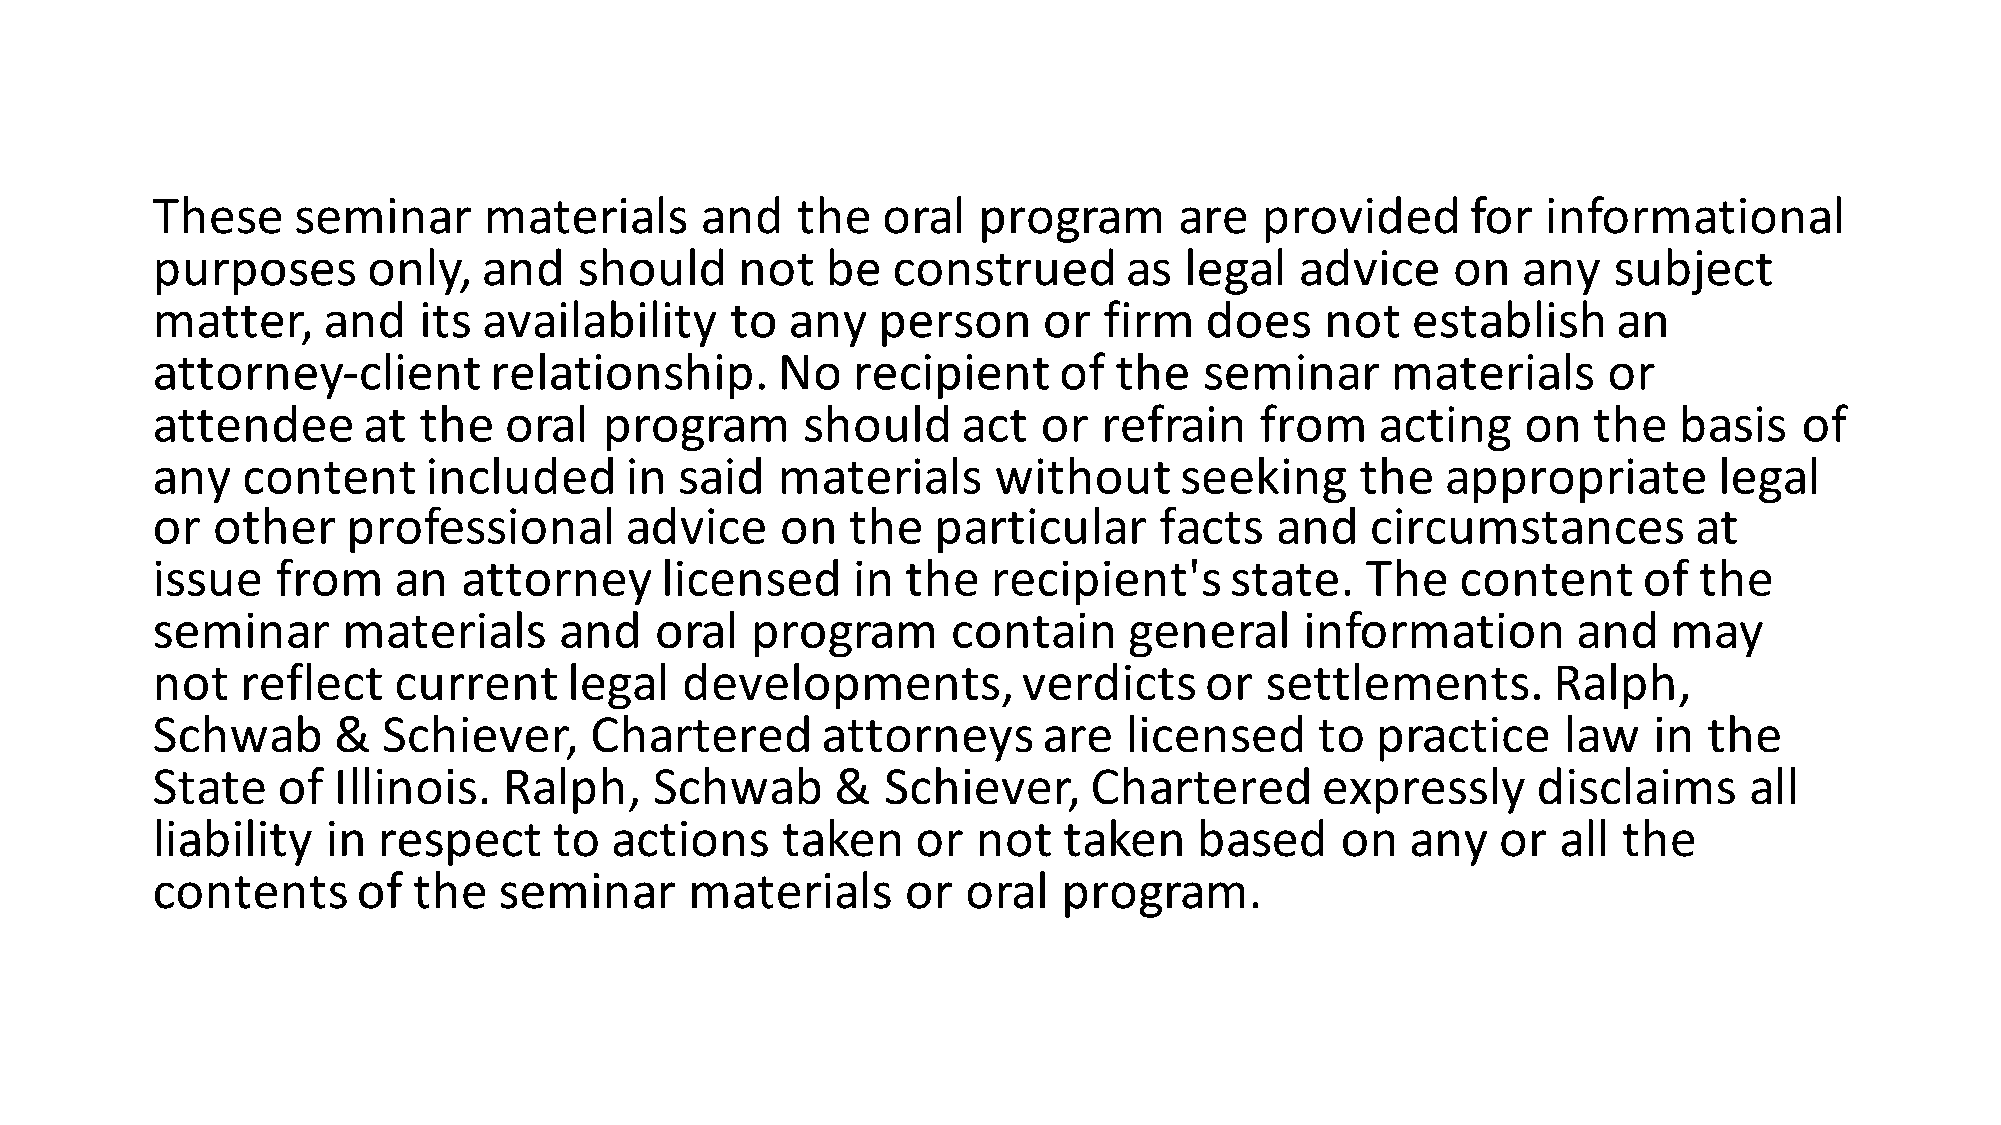
These    seminar      materials     and    the  oral   program      are  provided      for  informational
 purposes      only,   and   should     not   be  construed       as legal   advice    on   any   subject
 matter,    and    its availability    to  any   person     or  firm   does    not  establish     an
 attorney-client       relationship.      No   recipient     of  the   seminar     materials     or
 attendee      at  the  oral   program      should     act  or  refrain   from    acting    on  the   basis   of
 any   content     included     in  said  materials      without     seeking     the   appropriate       legal
 or  other    professional      advice     on  the   particular     facts  and    circumstances        at
 issue   from    an   attorney     licensed    in  the   recipient's    state.   The    content     of the
 seminar      materials     and   oral   program      contain     general    information       and    may
 not   reflect   current     legal  developments,          verdicts    or  settlements.       Ralph,
 Schwab      &  Schiever,     Chartered      attorneys      are   licensed    to  practice    law   in  the
 State   of  Illinois.  Ralph,    Schwab      &   Schiever,    Chartered      expressly      disclaims     all
 liability   in respect     to actions     taken    or  not  taken    based     on  any   or  all the
 contents      of the   seminar      materials     or  oral  program.